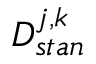
D _ { s t a n } ^ { j , k }